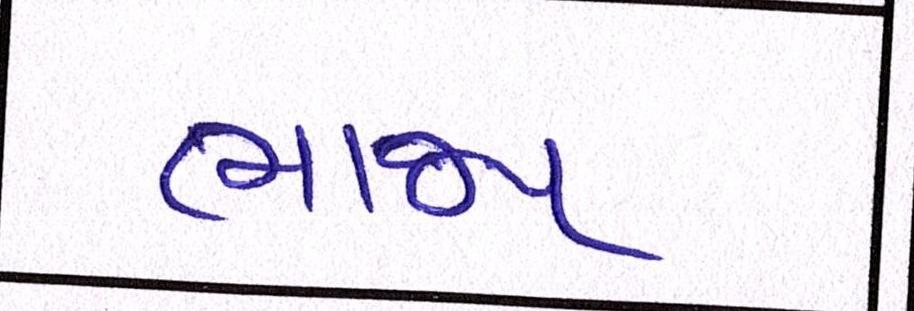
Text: ભાજપ